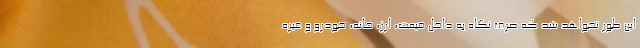
این طور نخواهد شد که صرف نگاه به داخل قیمت، ارز، خانه، خودرو و غیره